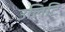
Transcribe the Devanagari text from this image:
उलिटि